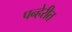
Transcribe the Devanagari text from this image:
पन्हेरीत